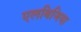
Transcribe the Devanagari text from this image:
एलबिजिया